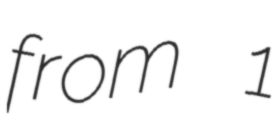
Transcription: from 1